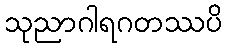
သုညာဂါရဂတဿပိ